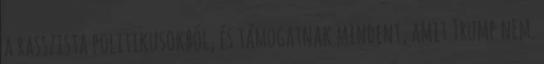
a rasszista politikusokból, és támogatnak mindent, amit Trump nem.